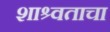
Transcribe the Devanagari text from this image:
शाश्र्वताचा